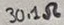
Text: 31.1Ω